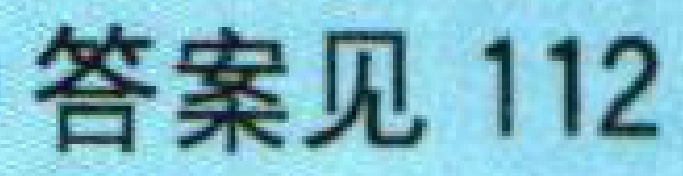
答案见 112